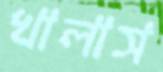
খালাস